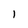
Character: 1